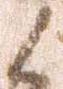
候